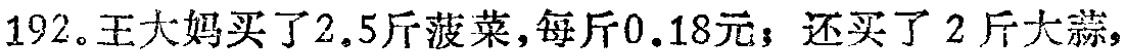
192。王大妈买了2.5斤菠菜，每斤0.18元；还买了2斤大蒜，